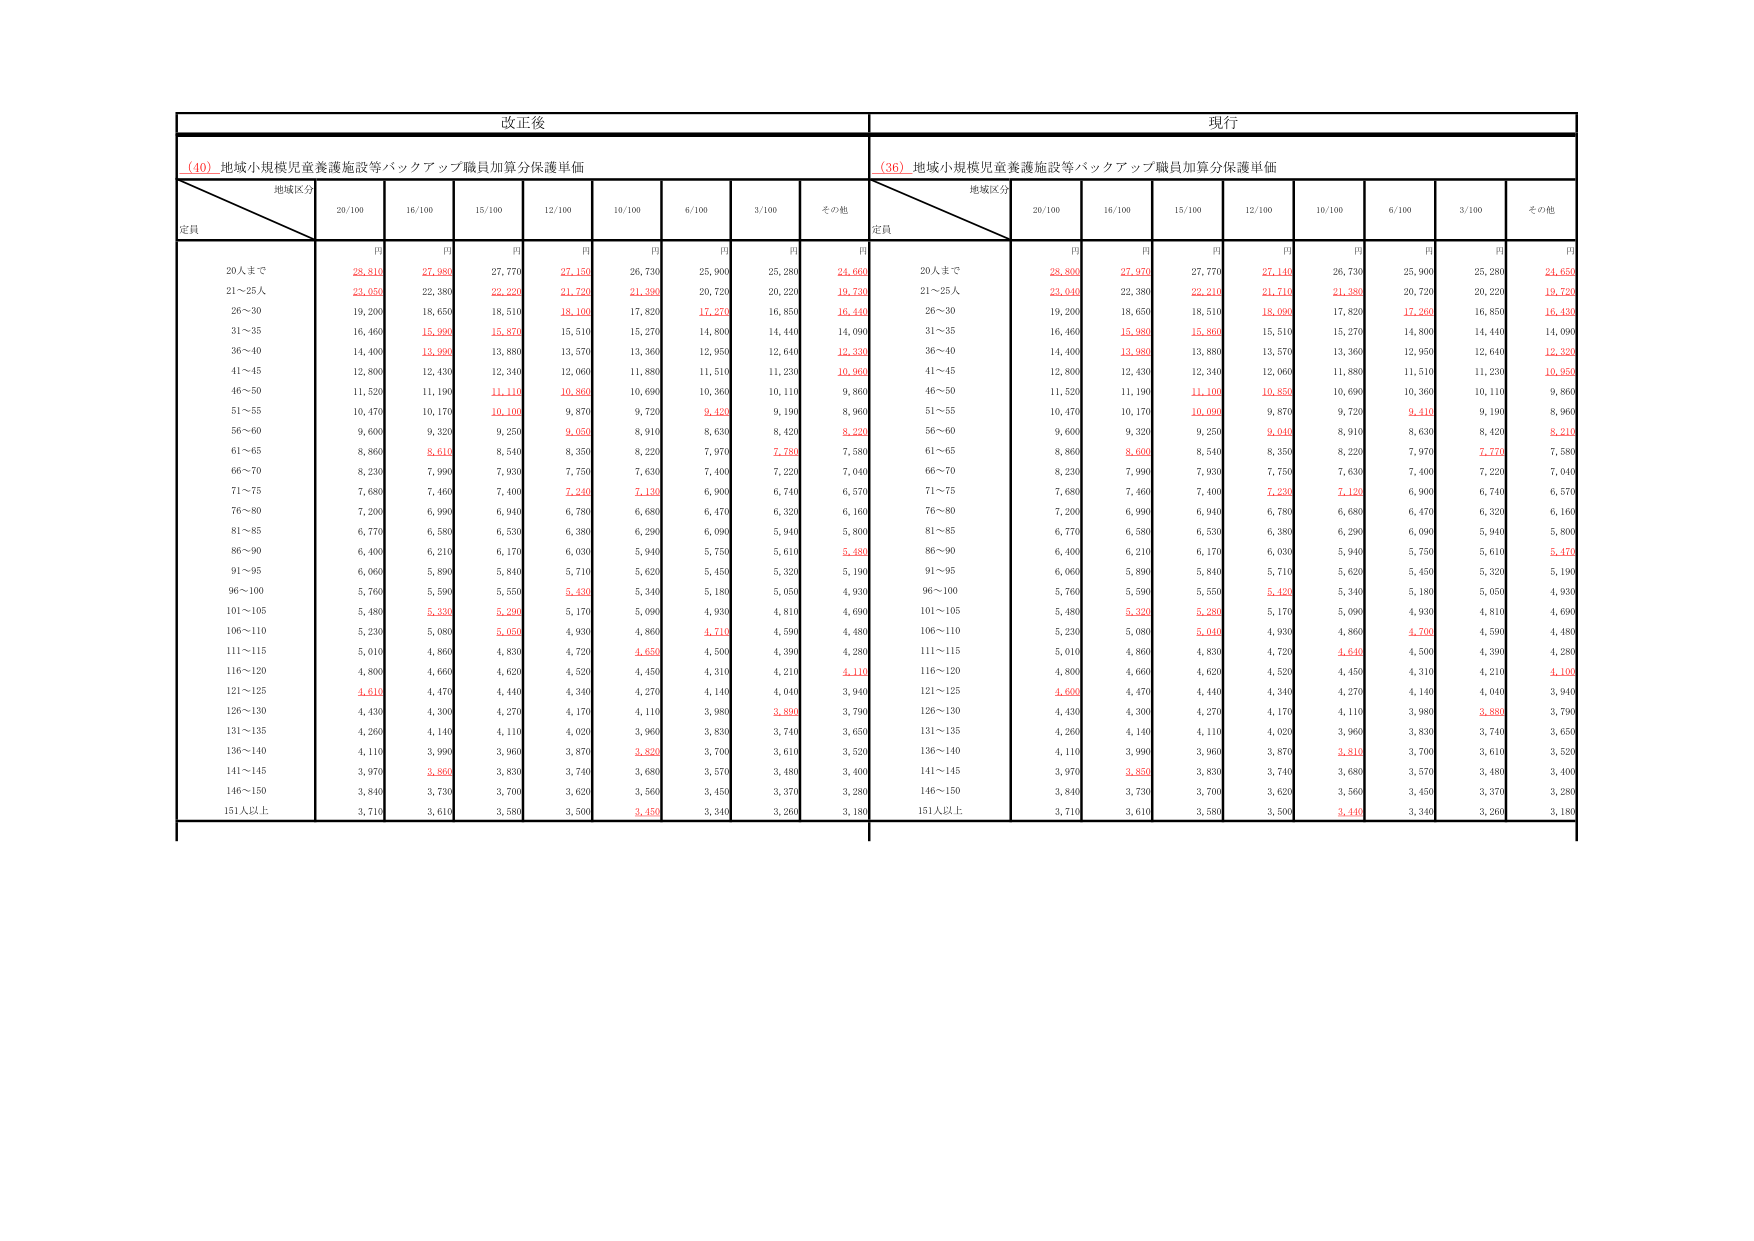
改正後
(40) 地域小規模児童養護施設等バックアップ職員加算分保護単価
地域区分
定員
20/100
16/100
15/100
12/100
10/100
6/100
3/100
その他
円
円
円
円
円
円
円
円
20人まで
28,810
27,980
27,770
27,150
26,730
25,900
25,280
24,660
21～25人
23,050
22,380
22,220
21,720
21,390
20,720
20,220
19,730
26～30
19,200
18,650
18,510
18,100
17,820
17,270
16,850
16,440
31～35
16,460
15,990
15,870
15,510
15,270
14,800
14,440
14,090
36～40
14,400
13,950
13,880
13,570
13,360
12,950
12,640
12,330
41～45
12,800
12,430
12,340
12,060
11,880
11,510
11,230
10,960
46～50
11,520
11,190
11,110
10,860
10,690
10,360
10,110
9,860
51～55
10,470
10,170
10,100
9,870
9,720
9,420
9,190
8,960
56～60
9,600
9,320
9,250
9,050
8,910
8,630
8,420
8,220
61～65
8,860
8,610
8,540
8,350
8,220
7,970
7,780
7,580
66～70
8,230
7,990
7,930
7,750
7,630
7,400
7,220
7,040
71～75
7,680
7,460
7,400
7,240
7,130
6,900
6,740
6,570
76～80
7,200
6,990
6,940
6,780
6,680
6,470
6,320
6,160
81～85
6,770
6,580
6,530
6,380
6,290
6,090
5,940
5,800
86～90
6,400
6,210
6,170
6,030
5,940
5,750
5,610
5,480
91～95
6,060
5,890
5,840
5,710
5,620
5,450
5,320
5,190
96～100
5,760
5,590
5,550
5,430
5,340
5,180
5,050
4,930
101～105
5,480
5,330
5,290
5,170
5,090
4,930
4,810
4,690
106～110
5,230
5,080
5,050
4,930
4,860
4,710
4,590
4,480
111～115
5,010
4,860
4,830
4,720
4,650
4,500
4,390
4,280
116～120
4,800
4,660
4,620
4,520
4,450
4,310
4,210
4,110
121～125
4,610
4,470
4,440
4,340
4,270
4,140
4,040
3,940
126～130
4,430
4,300
4,270
4,170
4,110
3,980
3,890
3,790
131～135
4,260
4,140
4,110
4,020
3,960
3,830
3,740
3,650
136～140
4,110
3,990
3,960
3,870
3,820
3,700
3,610
3,520
141～145
3,970
3,850
3,830
3,740
3,680
3,570
3,480
3,400
146～150
3,840
3,730
3,700
3,620
3,560
3,450
3,370
3,280
151人以上
3,710
3,610
3,580
3,500
3,450
3,340
3,260
3,180
現行
(36) 地域小規模児童養護施設等バックアップ職員加算分保護単価
地域区分
定員
20/100
16/100
15/100
12/100
10/100
6/100
3/100
その他
円
円
円
円
円
円
円
円
20人まで
28,880
27,970
27,770
27,140
26,730
25,900
25,280
24,650
21～25人
23,040
22,380
22,210
21,710
21,380
20,720
20,220
19,720
26～30
19,200
18,650
18,510
18,090
17,820
17,260
16,850
16,430
31～35
16,460
15,980
15,860
15,510
15,270
14,800
14,440
14,090
36～40
14,400
13,980
13,880
13,570
13,360
12,950
12,640
12,330
41～45
12,800
12,430
12,340
12,060
11,880
11,510
11,230
10,950
46～50
11,520
11,190
11,100
10,850
10,690
10,360
10,110
9,860
51～55
10,470
10,170
10,090
9,870
9,720
9,410
9,190
8,960
56～60
9,600
9,320
9,250
9,040
8,910
8,630
8,420
8,210
61～65
8,860
8,600
8,540
8,350
8,220
7,970
7,770
7,580
66～70
8,230
7,990
7,930
7,750
7,630
7,400
7,220
7,040
71～75
7,680
7,460
7,400
7,230
7,120
6,900
6,740
6,570
76～80
7,200
6,990
6,940
6,780
6,680
6,470
6,320
6,160
81～85
6,770
6,580
6,530
6,380
6,290
6,090
5,940
5,800
86～90
6,400
6,210
6,170
6,030
5,940
5,750
5,610
5,470
91～95
6,060
5,890
5,840
5,710
5,620
5,450
5,320
5,190
96～100
5,760
5,590
5,550
5,420
5,340
5,180
5,050
4,930
101～105
5,480
5,320
5,280
5,170
5,090
4,930
4,810
4,690
106～110
5,230
5,080
5,040
4,930
4,860
4,700
4,590
4,480
111～115
5,010
4,860
4,830
4,720
4,640
4,500
4,390
4,280
116～120
4,800
4,660
4,620
4,520
4,450
4,310
4,210
4,100
121～125
4,600
4,470
4,440
4,340
4,270
4,140
4,040
3,940
126～130
4,430
4,300
4,270
4,170
4,110
3,980
3,880
3,790
131～135
4,260
4,140
4,110
4,020
3,960
3,830
3,740
3,650
136～140
4,110
3,990
3,960
3,870
3,810
3,700
3,610
3,520
141～145
3,970
3,850
3,830
3,740
3,680
3,570
3,480
3,400
146～150
3,840
3,730
3,700
3,620
3,560
3,450
3,370
3,280
151人以上
3,710
3,610
3,580
3,500
3,440
3,340
3,260
3,180